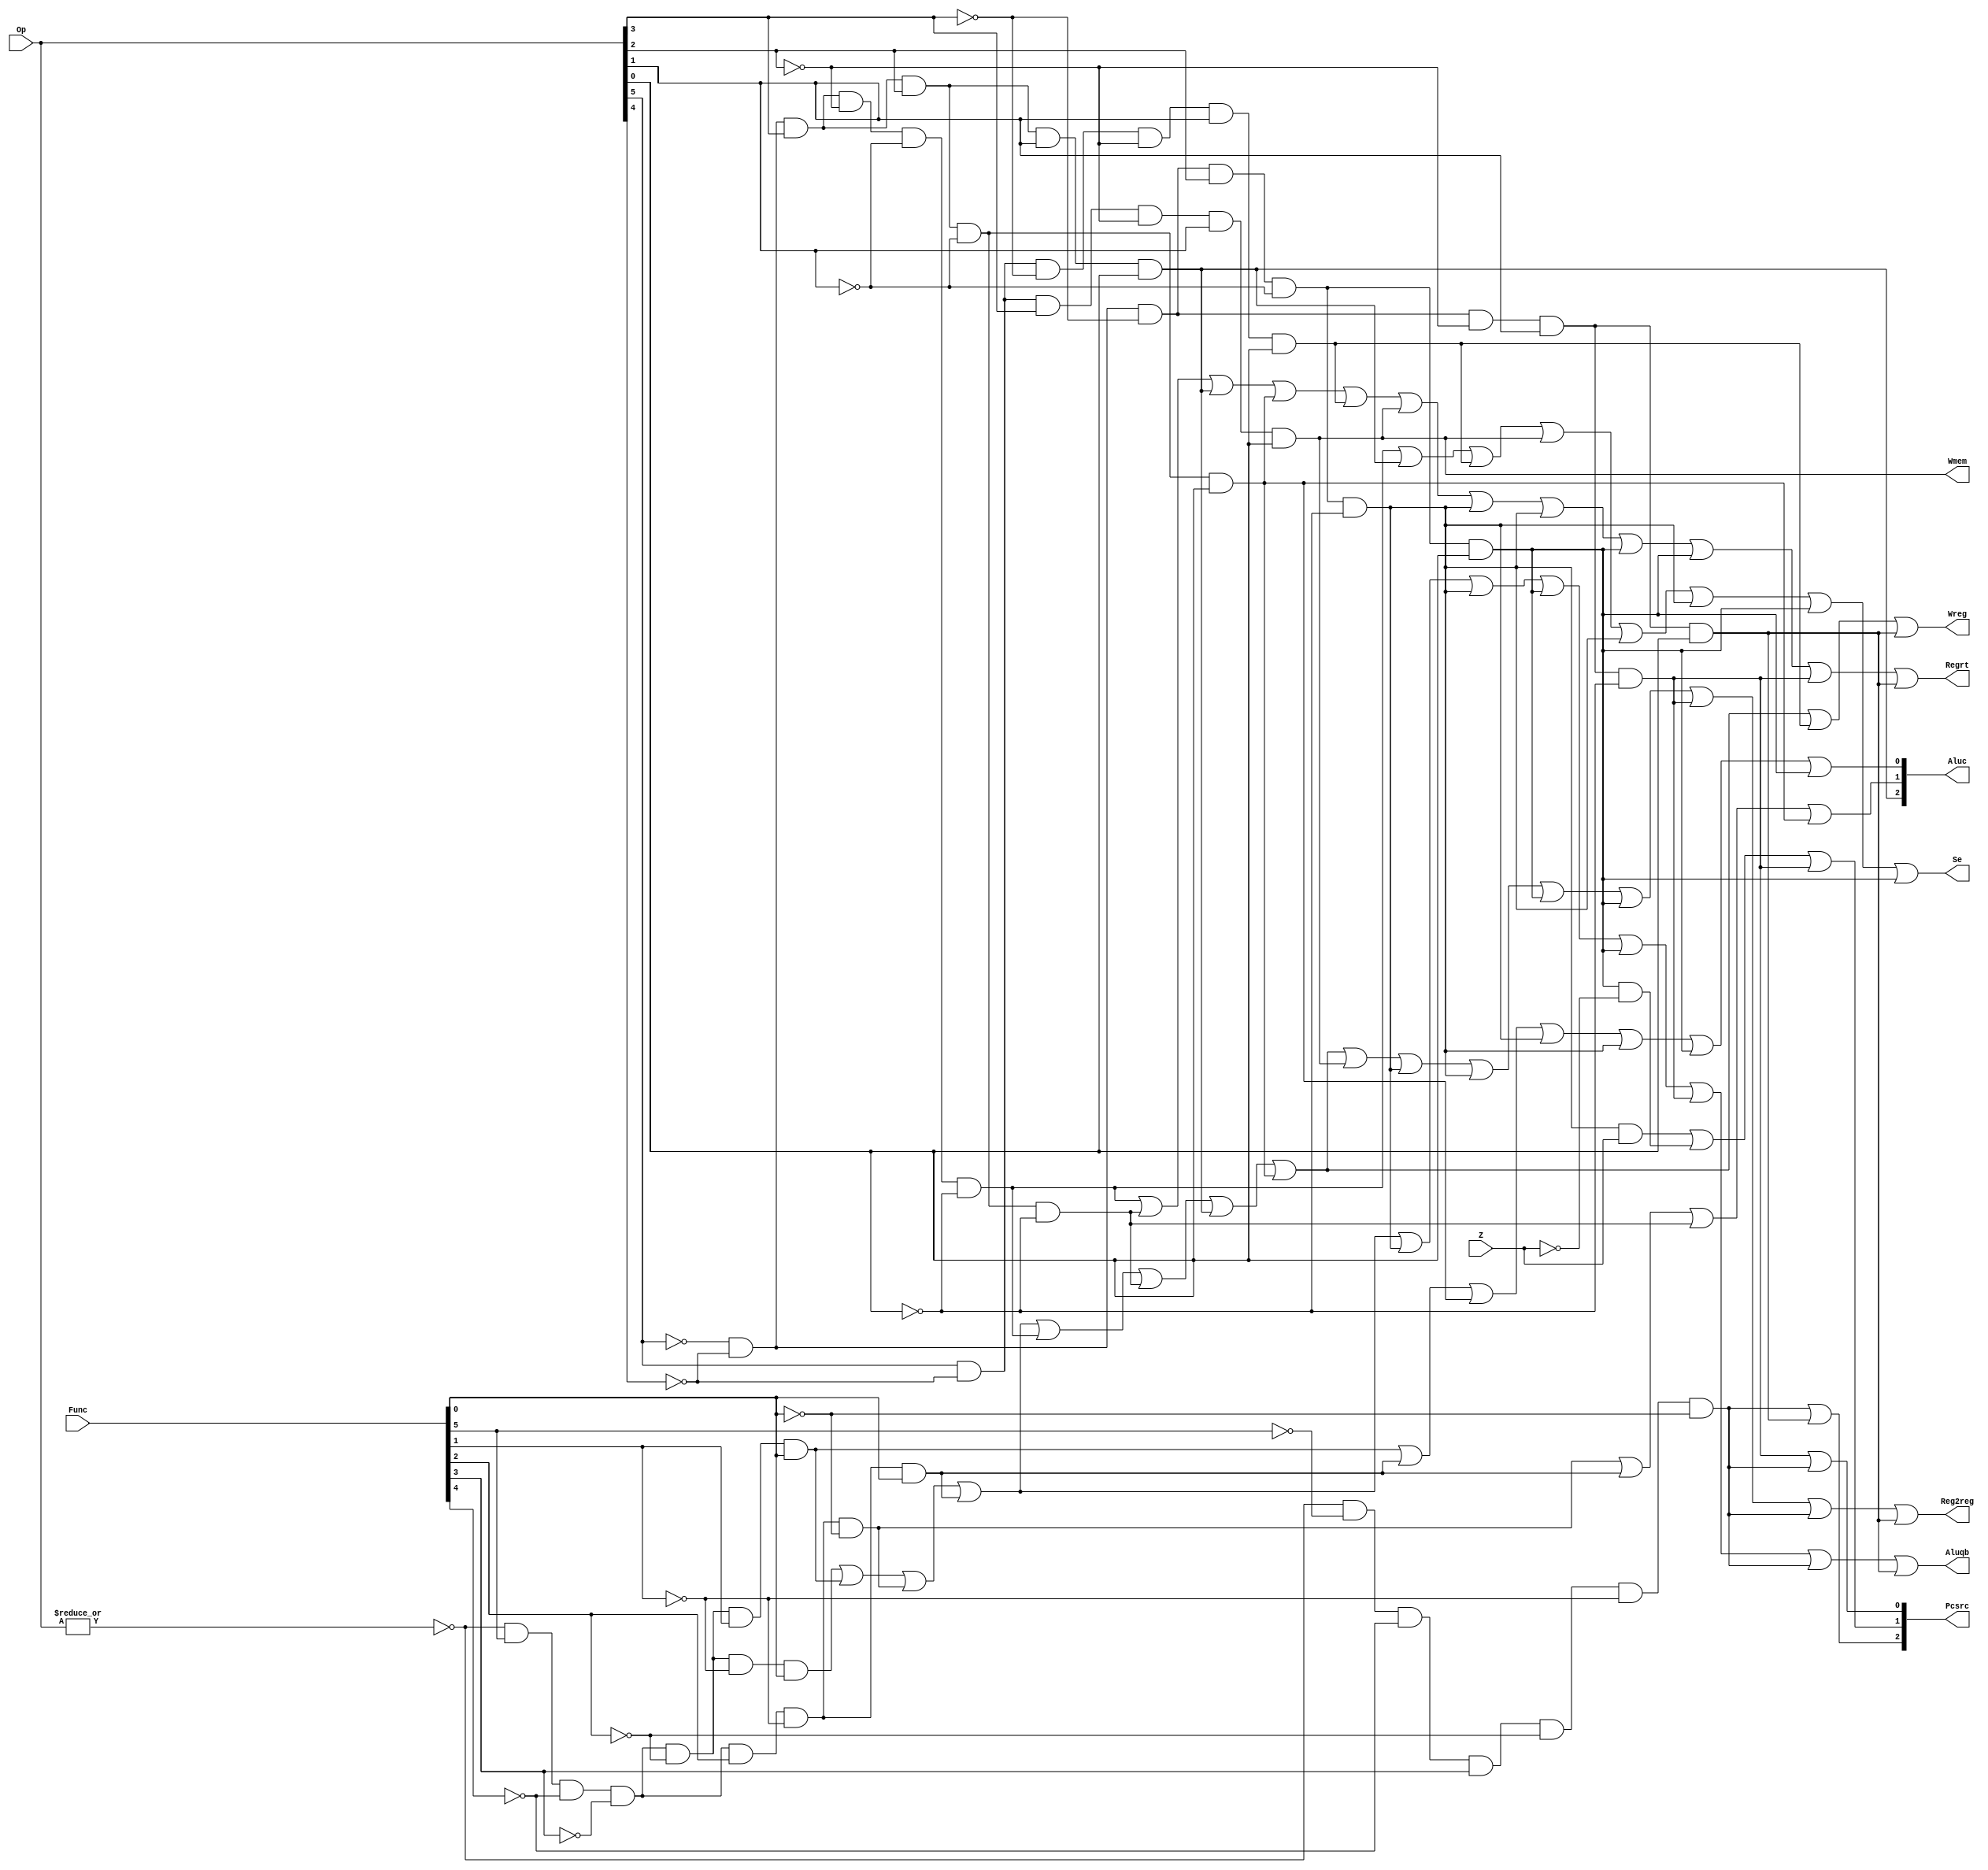
`timescale 1ns / 1ps
//////////////////////////////////////////////////////////////////////////////////
// Company: 
// Engineer: 
// 
// Design Name: 
// Module Name: CONUNIT
// Project Name: 
// Target Devices: 
// Tool Versions: 
// Description: 
// 
// Dependencies: 
// 
// Revision:
// Revision 0.01 - File Created
// Additional Comments:
// 
//////////////////////////////////////////////////////////////////////////////////


module CONUNIT(Op, Func, Z, Regrt, Se, Wreg, Aluqb, Aluc, Wmem, Pcsrc, Reg2reg);
    input [5:0] Op,Func;
	input Z;
	output Regrt, Se, Wreg, Aluqb, Wmem, Reg2reg;
	output [2:0] Pcsrc;
	output [2:0] Aluc;
	
	wire R_type = ~|Op;
	wire Op_addu = R_type & Func[5] & ~Func[4] & ~Func[3] & ~Func[2] & ~Func[1] & Func[0] ;
    wire Op_subu = R_type & Func[5] & ~Func[4] & ~Func[3] & ~Func[2] & Func[1] & Func[0] ;
    wire Op_and = R_type & Func[5] & ~Func[4] & ~Func[3] & Func[2] & ~Func[1] & ~Func[0] ;
    wire Op_or  = R_type & Func[5] & ~Func[4] & ~Func[3] & Func[2] & ~Func[1] & Func[0] ;
    wire Op_jr = R_type & ~Func[5] & ~Func[4] & Func[3] & ~Func[2] & ~Func[1] & ~Func[0] ;
    
    wire Op_addi = ~Op[5] & ~Op[4] & Op[3] & ~Op[2] & ~Op[1] & ~Op[0] ;
    wire Op_andi = ~Op[5] & ~Op[4] & Op[3] & Op[2] & ~Op[1] & ~Op[0] ;
    wire Op_lui = ~Op[5] & ~Op[4] & Op[3] & Op[2] & Op[1] & Op[0] ;
    wire Op_ori = ~Op[5] & ~Op[4] & Op[3] & Op[2] & ~Op[1] & Op[0] ;
    wire Op_lw = Op[5] & ~Op[4] & ~Op[3] & ~Op[2] & Op[1] & Op[0] ;
    wire Op_sw = Op[5] & ~Op[4] & Op[3] & ~Op[2] & Op[1] & Op[0] ;
    wire Op_beq = ~Op[5] & ~Op[4] & ~Op[3] & Op[2] & ~Op[1] & ~Op[0] ;
    wire Op_bne = ~Op[5] & ~Op[4] & ~Op[3] & Op[2] & ~Op[1] & Op[0] ;
    wire Op_j = ~Op[5] & ~Op[4] & ~Op[3] & ~Op[2] & Op[1] & ~Op[0] ;
    wire Op_jal = ~Op[5] & ~Op[4] & ~Op[3] & ~Op[2] & Op[1] & Op[0] ;   
    
    assign Regrt = Op_addi | Op_andi | Op_lui | Op_ori | Op_lw | Op_sw | Op_beq | Op_beq | Op_bne | Op_bne | Op_j | Op_jal;
    assign Se = Op_addi | Op_lui | Op_lw | Op_sw | Op_beq | Op_beq | Op_bne | Op_bne;
    assign Wreg = Op_addu | Op_subu | Op_and | Op_or  | Op_addi | Op_andi | Op_lui | Op_ori | Op_lw | Op_jal ;
    assign Aluqb = Op_addu | Op_subu | Op_and | Op_or  | Op_beq | Op_beq | Op_bne | Op_bne | Op_j | Op_jr | Op_jal;
    assign Wmem = Op_sw;
    assign Reg2reg = Op_addu | Op_subu | Op_and | Op_or  | Op_addi | Op_andi | Op_lui | Op_ori | Op_sw | Op_beq | Op_beq | Op_bne | Op_bne | Op_j | Op_jr | Op_jal;
    assign Aluc[0] = Op_subu | Op_or  | Op_ori | Op_beq | Op_beq | Op_bne | Op_bne;
    assign Aluc[1] = Op_and | Op_or  | Op_andi | Op_ori;
    assign Aluc[2] = Op_lui;
    assign Pcsrc[0] = Op_j | Op_jr;
    assign Pcsrc[1] = Op_beq&Z | Op_bne&~Z | Op_j;
    assign Pcsrc[2] = Op_jr | Op_jal;
endmodule